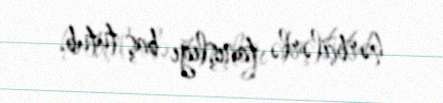
hərbçilərlə tanışlığı baş tutub.